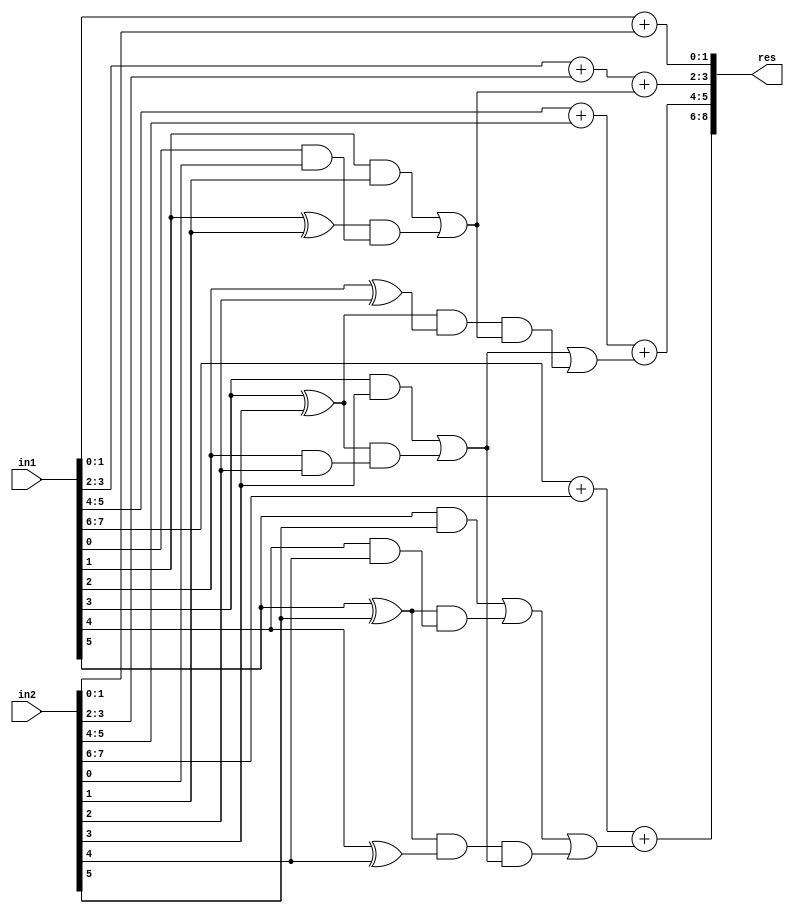
`timescale 1ns / 1ps
//////////////////////////////////////////////////////////////////////////////////
// Company: 
// Engineer: 
// 
// Create Date:    
// Design Name: 
// Module Name:    GDA_St_N8_M4_P4 
// Project Name: 
// Target Devices: 
// Tool versions: 
// Description: 
//
// Dependencies: 
//
// Revision: 
// Revision 0.01 - File Created
// Additional Comments: 
//
//////////////////////////////////////////////////////////////////////////////////
module GDA_St_N8_M4_P4(
    input  [7:0] in1,
    input  [7:0] in2,
    output [8:0] res
    );

wire [2:0] 	temp1, temp2, temp3, temp4;
wire 			carry_pred_1,carry_pred_2;

//C2
wire 			g0,g1,p0,p1;
wire			p1g0;
wire 			c2;

and and_0(g0,in1[0],in2[0]);
and and_1(g1,in1[1],in2[1]);
xor xor_0(p0,in1[0],in2[0]);
xor xor_1(p1,in1[1],in2[1]);

and and_2(p1g0,p1,g0);
or  or_1 (c2,g1,p1g0);

//C4
wire 			g2,g3,p2,p3;
wire			p3g2;
wire 			c4,p3p2,p3p2c2;

and and_3(g2,in1[2],in2[2]);
and and_4(g3,in1[3],in2[3]);
xor xor_2(p2,in1[2],in2[2]);
xor xor_3(p3,in1[3],in2[3]);

and and_5(p3g2,p3,g2);
or  or_2 (c4,g3,p3g2);

and and_6(p3p2,p3,p2);
and and_7(p3p2c2,p3p2,c2);
or  or_3 (carry_pred_1,c4,p3p2c2);

//C8
wire 			g4,g5,p4,p5;
wire			p5g4;
wire 			c6,p5p4,p5p4c4;

and and_8(g4,in1[4],in2[4]);
and and_9(g5,in1[5],in2[5]);
xor xor_4(p4,in1[4],in2[4]);
xor xor_5(p5,in1[5],in2[5]);

and and_10(p5g4,p5,g4);
or  or_4  (c6,g5,p5g4);

and and_11(p5p4,p5,p4);
and and_12(p5p4c4,p5p4,c4);
or  or_5 (carry_pred_2,c6,p5p4c4);

// Results

assign temp1[2:0] = in1[1:0] + in2[1:0];
assign temp2[2:0] = in1[3:2] + in2[3:2] + c2;
assign temp3[2:0] = in1[5:4] + in2[5:4] + carry_pred_1;
assign temp4[2:0] = in1[7:6] + in2[7:6] + carry_pred_2;
assign res[8:0] = {temp4[2:0],temp3[1:0],temp2[1:0],temp1[1:0]};

endmodule